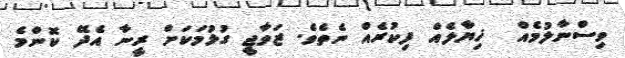
ވިސްނާލުމެއް  ޚިޔާލެއް ފިކުރެއް ނެތެވެ. ޒަވާޖީ ގުޅުމަކަށް ރީނާ އެދޭ ކޮންމެ